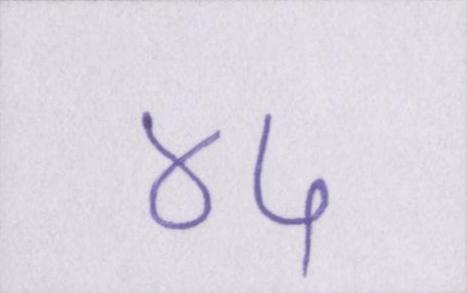
४५